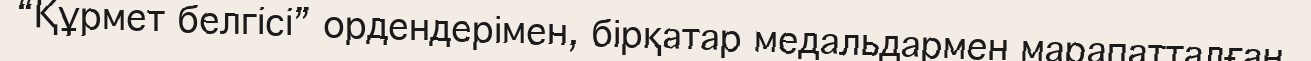
“Құрмет белгісі” ордендерімен, бірқатар медальдармен марапатталған.